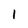
Character: 1